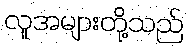
လူအများတို့သည်